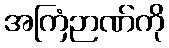
အကြံဉာဏ်ကို